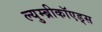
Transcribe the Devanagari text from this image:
ल्युम्ब्रीकॉएड्स